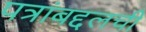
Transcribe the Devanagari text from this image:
पत्रांबद्दलची